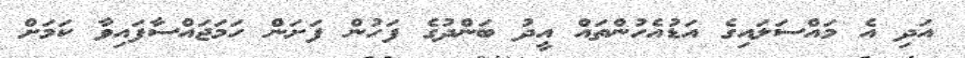
އަދި އެ މައްސަލައިގެ އަޑުއެހުންތައް އީދު ބަންދުގެ ފަހުން ފަށަން ހަމަޖައްސާފައިވާ ކަމަށް